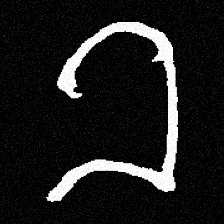
Pyu character \u2014 Myanmar letter: ခ (romanized: kha)